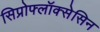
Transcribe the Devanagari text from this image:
सिप्रोफ्लॉक्सेसिन